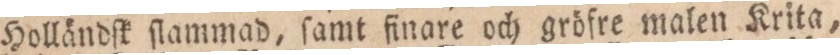
Holländſt ſlammad, ſamt finare och gröfre malen Krita,